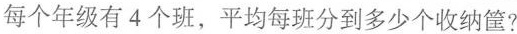
每个年级有4个班，平均每班分到多少个收纳筐?